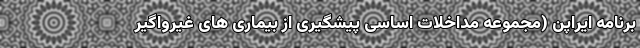
برنامه ایراپن (مجموعه مداخلات اساسی پیشگیری از بیماری های غیرواگیر